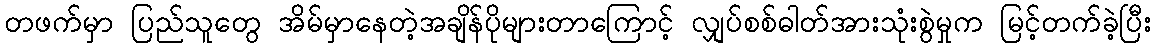
တဖက်မှာ ပြည်သူတွေ အိမ်မှာနေတဲ့အချိန်ပိုများတာကြောင့် လျှပ်စစ်ဓါတ်အားသုံးစွဲမှုက မြင့်တက်ခဲ့ပြီး